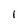
Character: 1